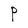
Character: P